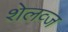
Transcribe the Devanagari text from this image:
शेलव्ज